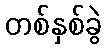
တစ်နှစ်ခွဲ